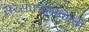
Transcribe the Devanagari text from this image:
सरसंघचालकांची